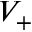
V _ { + }